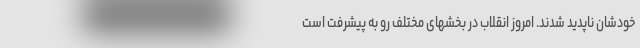
خودشان ناپدید شدند. امروز انقلاب در بخشهای مختلف رو به پیشرفت است